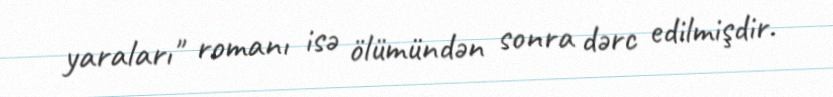
yaraları" romanı isə ölümündən sonra dərc edilmişdir.